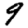
Digit: 9